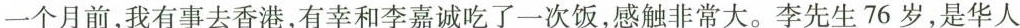
一个月前，我有事去香港，有幸和李嘉诚吃了一次饭，感触非常大。李先生76岁，是华人